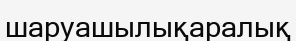
шаруашылықаралық